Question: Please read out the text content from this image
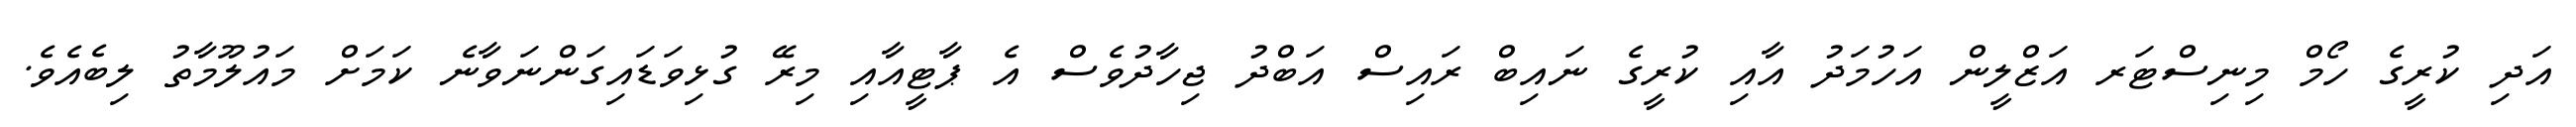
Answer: އަދި ކުރީގެ ހޯމް މިނިސްޓަރ އަޒްލީން އަހުމަދު އާއި ކުރީގެ ނައިބް ރައިސް އަބްދު ޖިހާދުވެސް އެ ޕާޓީއާއި މިރޭ ގުޅިވަޑައިގަންނަވާނެ ކަމަށް މައުލޫމާތު ލިބެއެވެ.